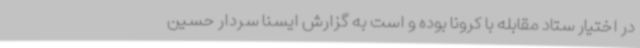
در اختیار ستاد مقابله با کرونا بوده و است به گزارش ایسنا سردار حسین